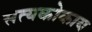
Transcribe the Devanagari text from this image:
सत्यकोकाय